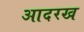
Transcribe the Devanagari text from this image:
आदरख